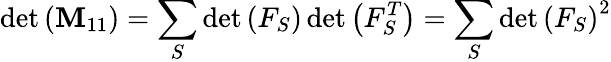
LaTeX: \operatorname*{det}\left(\mathbf{M}_{11}\right)=\sum_{S}\operatorname*{det}\left(F_{S}\right)\operatorname*{det}\left(F_{S}^{T}\right)=\sum_{S}\operatorname*{det}\left(F_{S}\right)^{2}